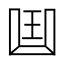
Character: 𠚖